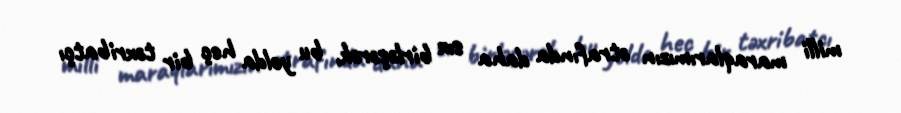
milli maraqlarımızın ətrafında daha sıx birləşərək, bu yolda heç bir təxribatçı